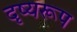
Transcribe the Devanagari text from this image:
दृष्यरूप